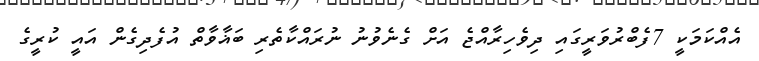
އެއްކަމަކީ 7ފެބްރުވަރީގައި ދިވެހިރާއްޖެ އަށް ގެނެވުނު ނުރައްކާތެރި ބަޣާވާތް އުފެދިގެން އައީ ކުރީގެ